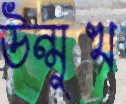
উন্মুখ